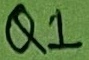
Text: Q1